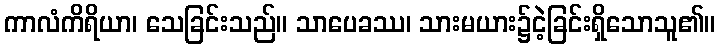
ကာလံကိရိယာ၊ သေခြင်းသည်။ သာပေခဿ၊ သားမယား၌ငဲ့ခြင်းရှိသောသူ၏။